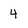
Character: 4